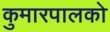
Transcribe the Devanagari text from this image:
कुमारपालको